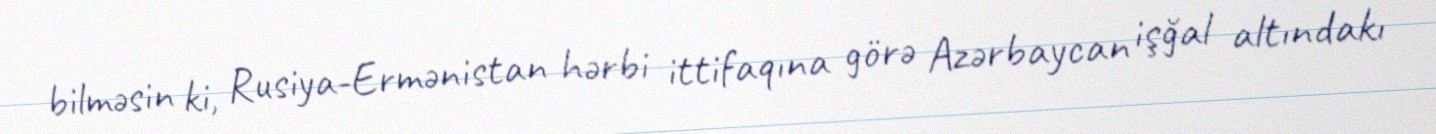
bilməsin ki, Rusiya-Ermənistan hərbi ittifaqına görə Azərbaycan işğal altındakı